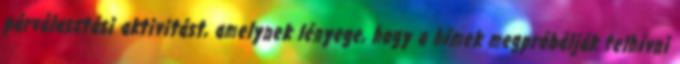
párválasztási aktivitást, amelynek lényege, hogy a hímek megpróbálják felhívni